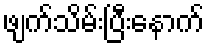
ဖျက်သိမ်းပြီးနောက်